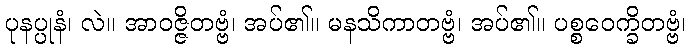
ပုနပ္ပုနံ၊ လဲ။ အာဝဇ္ဇိတဗ္ဗံ၊ အပ်၏။ မနသိကာတဗ္ဗံ၊ အပ်၏။ ပစ္စဝေက္ခိတဗ္ဗံ၊